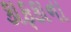
કાફકાના